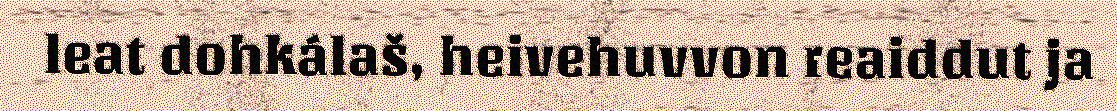
leat dohkálaš, heivehuvvon reaiddut ja